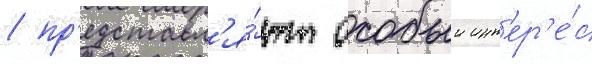
/ пр'едставл'я́ют особыи инт'ер'е́с